King Institute of Preventive Medicine Micro-Biological Section reports 1909-11
Year: 1909
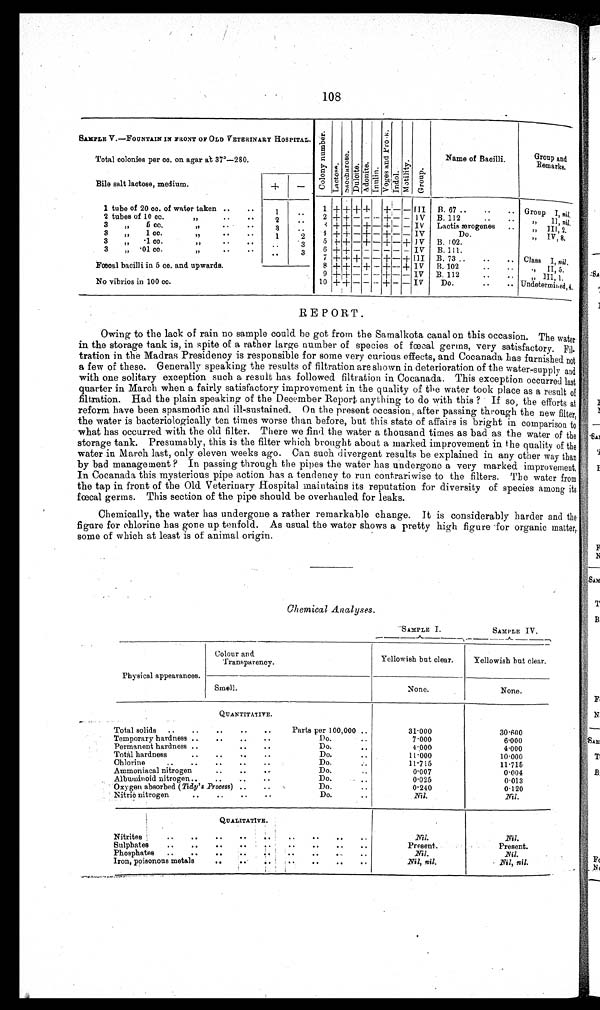
108
SAMPLE V. — FOUNTAIN IN FRONT OF OLD VETERINARY HOSPITAL. C o l o n y n u m b e r .
Lact ose.
Sa c c ha r os e .
Dul ci t e. Adoni t e.
I nul i n.
V o g a s a n d P r o s k .
I n d o l .
Mot i l i y.
Group.
Name of Bacilli.
Group and
Remarks.
Total colonies per cc. on agar at
3 7 º — 2 8 0
Bile salt lactose, medium.
+
—
1 tube of 20 cc. of water taken ..
..
1
. .
1 + + + + + — — III
B. 67 ..
..
.. . Group I , nil.
2 tubes of 10 cc.
2
. .
2 + + — —
— + — — IV B. 112
..
II nil.
3 5 cc.
,, ..
. .
3
. .
3 + + — + — + — — IV Lactis ærogenes
. .
, , I I I , 2 .
3
1 cc.
,, . . . .
1
2
4
+
+
—
+
—
+ — — IV
Do.
, , I V , 8 .
3 ..1 cc.
..
. .
3
5 +
+ — + — + — + IV B. 102.
3 ·01 cc...
. .
. .
3
6 +
+ — — — — — — IV
B. 111.
7 + + + — — + — +
I I I B. 73 ..
..
.. Class I, nil.
Fœcal bacilli in 5 cc. and upwards.
8 + + — + — + — + IV
B. 102
..
..
.. II, 5.
9 +
+ — — — + — — IV B. 112
• •
...
III, 1.
No vibrios in 100 cc.
10 + + — —
— + — — IV
Do.
..
.. Undetermin e d , 4 .
REPORT.
Owing to the lack of rain no sample could be got from the Samalkota canal on this occasion. The water
in the storage tank is, in spite of a rather large number of species of fœcal germs, very satisfactory. F i l
tration in the Madras Presidency is responsible for some very curious effects, and Cocanada has furnished not
a few of these. Generally speaking the results of filtration are shown in deterioration of the water-supply and
with one solitary exception such a result has followed filtration in Cocanada. This exception occurred last
quarter in March when a fairly satisfactory improvement in the quality of the water took place as a result of
filtration. Had the plain speaking of the December Report anything to do with this ? If so, the efforts at
reform have been spasmodic and ill-sustained. On the present occasion, after passing through the new filter,
the water is bacteriologically ten times worse than before, but this state of affairs is bright in comparison to
what has occurred with the old filter. There we find the water a thousand times as bad as the water of the
storage tank. Presumably, this is the filter which brought about a marked improvement in the quality of the
water in March last, only eleven weeks ago. Can such divergent results be explained in any other way than
by bad management ? In passing through the pipes the water has undergone a very marked improvement
In Cocanada this mysterious pipe action has a tendency to run contrariwise to the filters. The water from
the tap in front of the Old Veterinary Hospital maintains its reputation for diversity of species among its
faecal germs. This section of the pipe should be overhauled for leaks.
Chemically, the water has undergone a rather remarkable change. It is considerably harder and the
figure for chlorine has gone up tenfold. As usual the water shows a pretty high figure for organic matter,
some of which at least is of animal origin.
Chemical Analyses.
SAMPLE I.
SAMPLE IV.
Physical appearances.
Colour and
Transpareney.
Yellowish but clear.
Yellowish but clear.
Smell.
None.
None.
QUANTITATIVE.
Total solids ..
..
..
.. ..
Parts per 100,000 ..
31.000
30.600
Temporary hardness ..
..
..
_
Do.
..
7.000
6.000
Permanent hardness ..
.. ..
Do.
..
4.000
4.000
Total hardness
..
..
..
..
Do.
11.000
10.000
Chlorine
..
..
..
..
..
Do.
11.715
11.715
Ammoniacal nitrogen
.. ..
..
Do.
..
0.007
0.004
Albuwinoid nitrogen..
..
..
..
Do.
..
0.025
0.013
Oxygen absorbed ( Tidy's Process) ..
..
Do.
..
0.240
0.120
Nitric nitrogen
..
..
..
. .
Do.
..
Nil.
Nil.
QUALITATIVE.
Nitrites '
..
..
.. ..
..
..
..
..
Nil.
Nil
Sulphates
..
..
.. .. .. .. .. ..
Present.
Present.
Phosphates
..
..
..
..
..
...
..
Nil.
.Nil.
Iron, poisonous metals
. .
. .
Nil, nil.
Nil, nil.